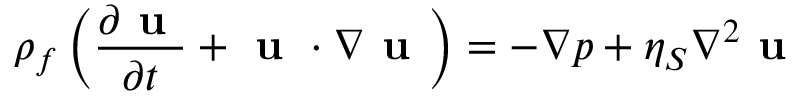
\rho _ { f } \left( \frac { \partial \textbf { u } } { \partial t } + \textbf { u } \cdot \nabla \textbf { u } \right) = - \nabla p + \eta _ { S } \nabla ^ { 2 } \textbf { u }